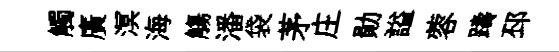
觸廣溟海觴潘袋茅庄勛謚蓉躊邳